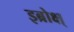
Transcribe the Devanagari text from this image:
इब्रोक्ष्